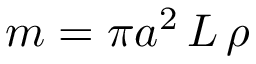
m = \pi a ^ { 2 } \, L \, \rho